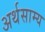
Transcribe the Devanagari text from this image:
अर्थसाम्य